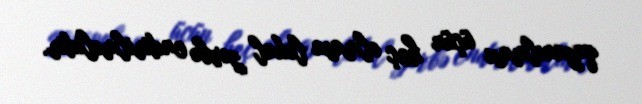
qazanılması üçün heç olmasa lokal zərbə endirilməlidir.